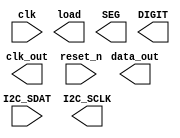
`timescale 1ns / 1ps
//////////////////////////////////////////////////////////////////////////////////
// Company: 
// Engineer: 
// 
// Design Name: 
// Module Name: dot-key
// Project Name: 
// Target Devices: 
// Tool Versions: 
// Description: 
// 
// Dependencies: 
// 
// Revision:
// Revision 0.01 - File Created
// Additional Comments:
// 
//////////////////////////////////////////////////////////////////////////////////


module keydot(
     input clk,
//	  input [1:0] num,
      output  clk_out,
      output data_out,
      output  load,
	input reset_n,
	input I2C_SDAT,
    output  [7:0]SEG,  // given fnd
    output  [3:0]DIGIT,
	output I2C_SCLK
    );


    endmodule